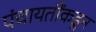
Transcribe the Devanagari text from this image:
पंचायतींकडून